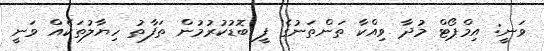
ވަނީ: އިމްޕޯޓް މުދާ ވިއްކާ ތަންތަނުގެ ފީ ބޮޑުކުރުމުން ތަފާތު ހިޔާލުތަކެއް ވަނީ